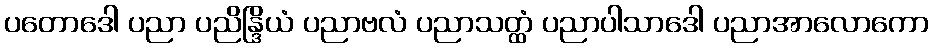
ပတောဒေါ ပညာ ပညိန္ဒြိယံ ပညာဗလံ ပညာသတ္ထံ ပညာပါသာဒေါ ပညာအာလောကော